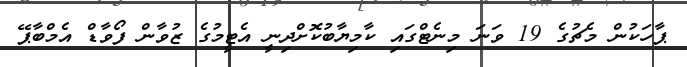
ޕާހަކުން މެޗުގެ 19 ވަނަ މިނެޓްގައި ކާމިޔާބުކޮށްދިނީ އެޓީމުގެ ޒުވާން ފޯވާޑް އެމްބާޕޭ